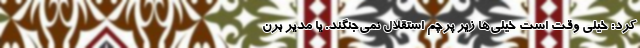
کرد: خیلی وقت است خیلی‌ها زیر پرچم استقلال نمی‌جنگند. یا مدیر برن